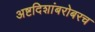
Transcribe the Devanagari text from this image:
अष्टदिशांबरोबरच